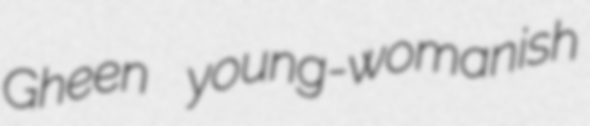
Gheen young-womanish